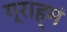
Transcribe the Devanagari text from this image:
ग्राह्मं